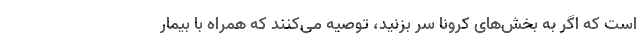
است که اگر به بخش‌های کرونا سر بزنید، توصیه می‌کنند که همراه با بیمار